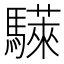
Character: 𫘗